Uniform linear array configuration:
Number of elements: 64
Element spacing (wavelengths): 1
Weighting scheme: kaiser
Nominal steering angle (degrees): -45
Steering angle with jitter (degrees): -46.446
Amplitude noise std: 0.05
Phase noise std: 0.05

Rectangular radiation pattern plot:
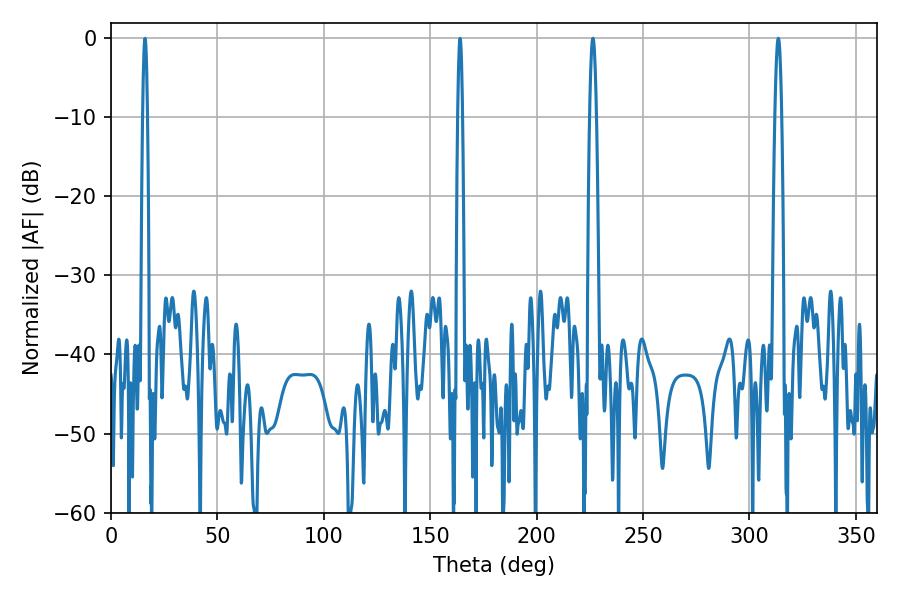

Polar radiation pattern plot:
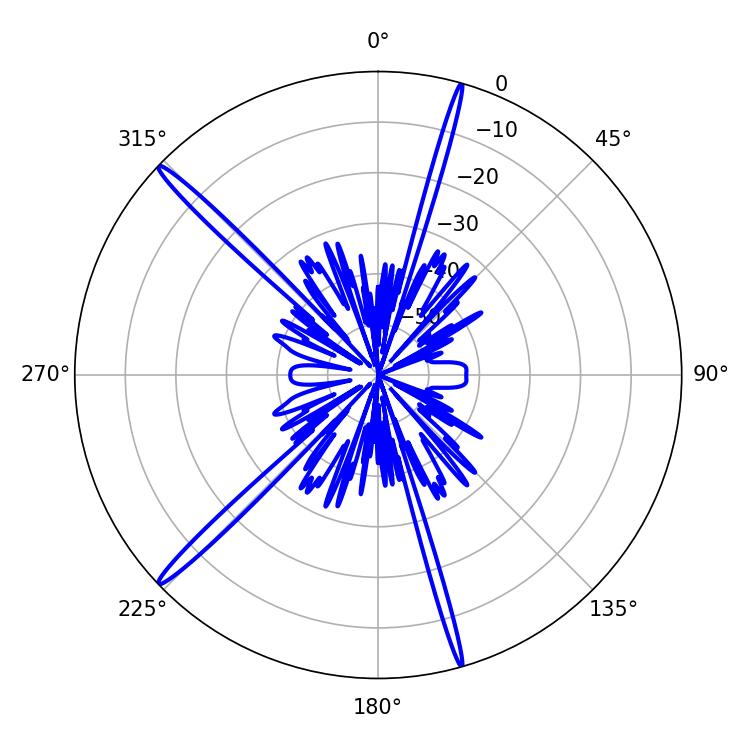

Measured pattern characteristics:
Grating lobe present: TRUE
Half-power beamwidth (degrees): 1.8
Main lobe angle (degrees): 226.44